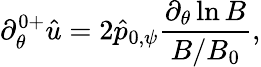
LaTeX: \partial_{\theta}^{0+}\hat{u}=2\hat{p}_{0,\psi}\frac{\partial_{\theta}\ln B}{B/B_{0}},